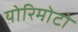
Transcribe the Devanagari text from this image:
योरिमोटो